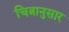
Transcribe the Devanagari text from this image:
चित्रानुसार